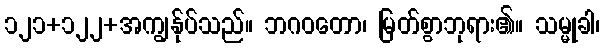
၁၂၁+၁၂၂+အကျွန်ုပ်သည်။ ဘဂဝတော၊ မြတ်စွာဘုရား၏။ သမ္မုခါ၊